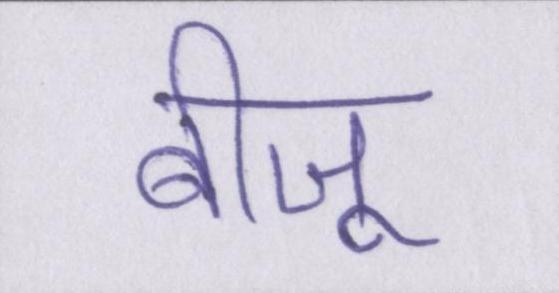
बीजू